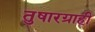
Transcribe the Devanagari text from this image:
तुषारग्राही